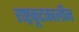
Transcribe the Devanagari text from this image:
राष्ट्रकूटकालीन